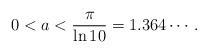
LaTeX: \begin{align*} 0<a<\frac{\pi}{\ln 10}=1.364\cdots.\end{align*}